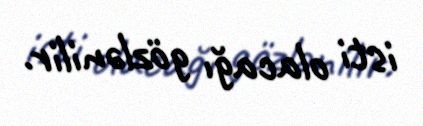
isti olacağı gözlənilir.